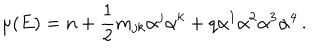
\mu ( E ) = n + \frac { 1 } { 2 } m _ { j k } \alpha ^ { j } \alpha ^ { k } + q \alpha ^ { 1 } \alpha ^ { 2 } \alpha ^ { 3 } \alpha ^ { 4 } \, .